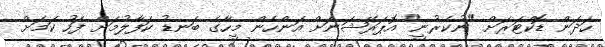
ހަދަން ޑޮކްޓަރަށް "ނުކެރުނީ" އޮޕަރޭޝަނަށް އަންހެން މީހާގެ ބަނޑު ކަފާލުމަށް ފަހު ކަމަށް